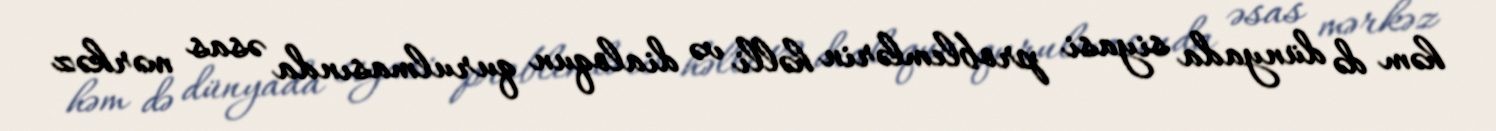
həm də dünyada siyasi problemlərin həlli və dialoqun qurulmasında əsas mərkəz